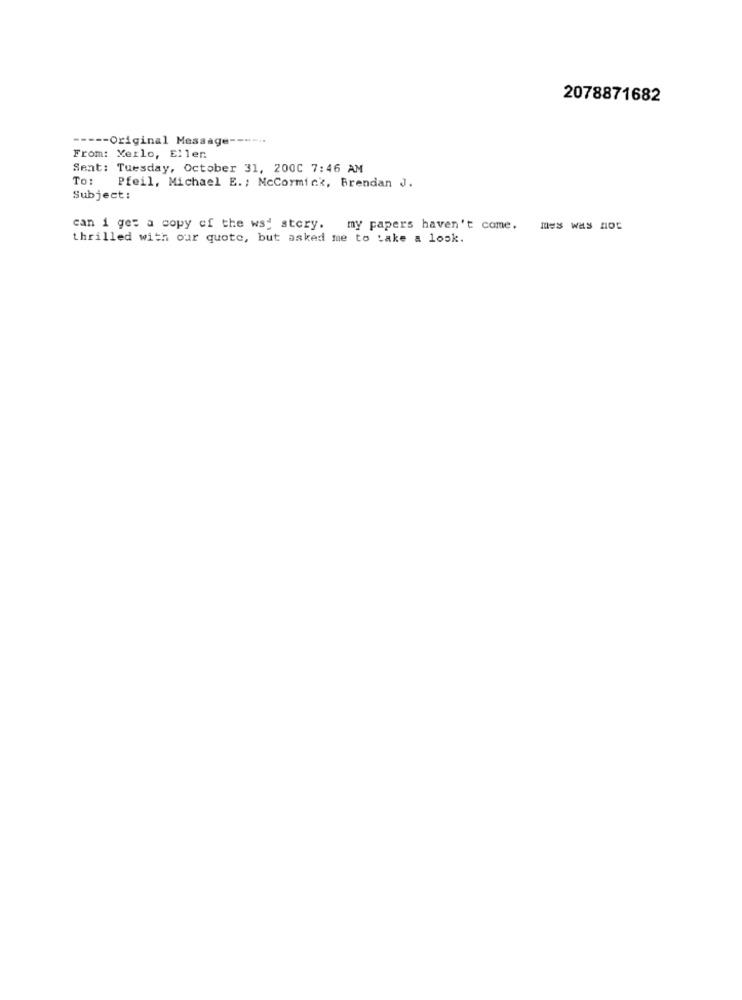
2078871682
--- Original Message --
From: Xerlo, Ellen
Sent: Tuesday, October 31, 200C 7:46 AM
To:
Pfeil, Michael E .; McCormick, Brendan J.
Subject:
can i get a copy of the way story. my papers haven't come. mes was not
thrilled with our quote, but asked me to take a look.